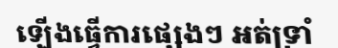
ឡើងធ្វើការផ្សេងៗ អត់ទ្រាំ